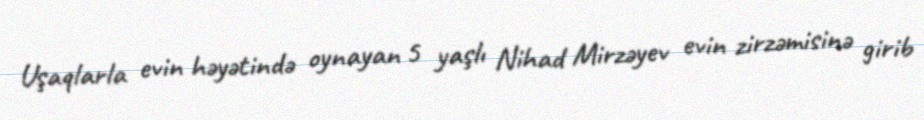
Uşaqlarla evin həyətində oynayan 5 yaşlı Nihad Mirzəyev evin zirzəmisinə girib